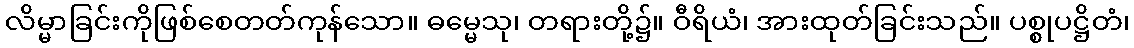
လိမ္မာခြင်းကိုဖြစ်စေတတ်ကုန်သော။ ဓမ္မေသု၊ တရားတို့၌။ ဝီရိယံ၊ အားထုတ်ခြင်းသည်။ ပစ္စုပဋ္ဌိတံ၊